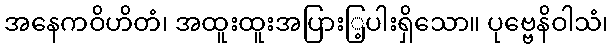
အနေကဝိဟိတံ၊ အထူးထူးအပြားြ့ပါးရှိသော။ ပုဗ္ဗေနိဝါသံ၊